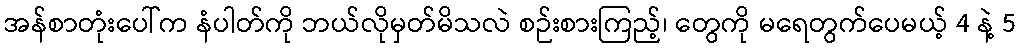
အန်စာတုံးပေါ်က နံပါတ်ကို ဘယ်လိုမှတ်မိသလဲ စဉ်းစားကြည့်၊ တွေကို မရေတွက်ပေမယ့် 4 နဲ့ 5